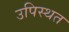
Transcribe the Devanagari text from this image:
उपिस्थत